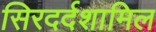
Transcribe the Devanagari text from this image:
सिरदर्दशामिल